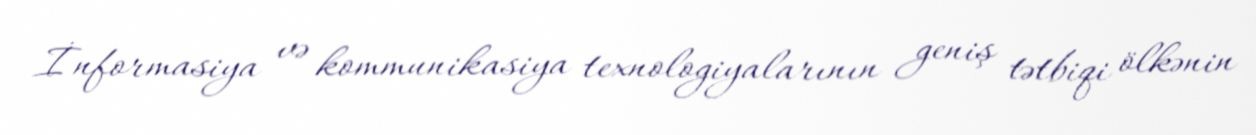
İnformasiya və kommunikasiya texnologiyalarının geniş tətbiqi ölkənin